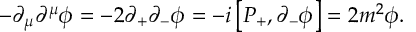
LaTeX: - \partial _ { \mu } \partial ^ { \mu } \phi = - 2 \partial _ { + } \partial _ { - } \phi = - i \left[ P _ { + } , \partial _ { - } \phi \right] = 2 m ^ { 2 } \phi .